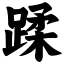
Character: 蹂